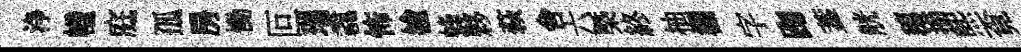
浄幢庭孤房慟叵瑞毳怖榆蜂夥萩舍六槩終柚欄字踘葢觥穂描煕覔